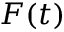
F ( t )